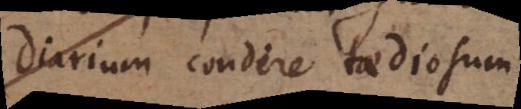
Diarium condere taediosum